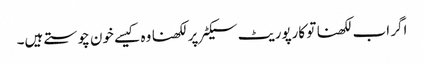
اگر اب لکھنا تو کارپوریٹ سیکٹر پر لکھنا وہ کیسے خون چوستے ہیں۔